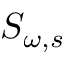
S _ { \omega , s }